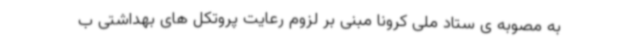
به مصوبه ی ستاد ملی کرونا مبنی بر لزوم رعایت پروتکل های بهداشتی ب